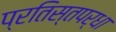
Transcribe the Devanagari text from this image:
प्रतिस्तपर्धा